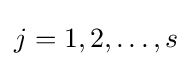
j=1,2,\ldots ,s